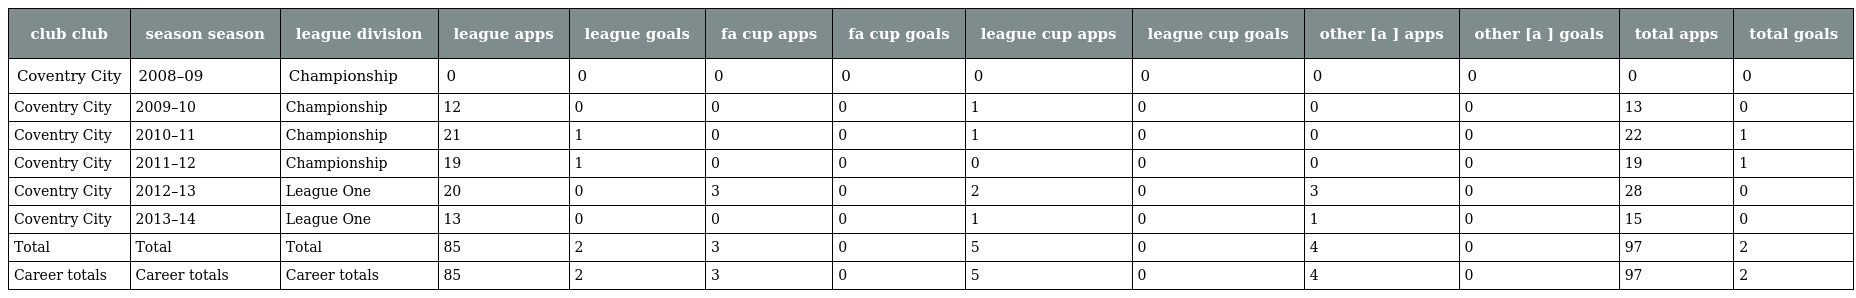
| club club | season season | league division | league apps | league goals | fa cup apps | fa cup goals | league cup apps | league cup goals | other [a ] apps | other [a ] goals | total apps | total goals |
 | --- | --- | --- | --- | --- | --- | --- | --- | --- | --- | --- | --- | --- |
 | Coventry City | 2008–09 | Championship | 0 | 0 | 0 | 0 | 0 | 0 | 0 | 0 | 0 | 0 |
 | Coventry City | 2009–10 | Championship | 12 | 0 | 0 | 0 | 1 | 0 | 0 | 0 | 13 | 0 |
 | Coventry City | 2010–11 | Championship | 21 | 1 | 0 | 0 | 1 | 0 | 0 | 0 | 22 | 1 |
 | Coventry City | 2011–12 | Championship | 19 | 1 | 0 | 0 | 0 | 0 | 0 | 0 | 19 | 1 |
 | Coventry City | 2012–13 | League One | 20 | 0 | 3 | 0 | 2 | 0 | 3 | 0 | 28 | 0 |
 | Coventry City | 2013–14 | League One | 13 | 0 | 0 | 0 | 1 | 0 | 1 | 0 | 15 | 0 |
 | Total | Total | Total | 85 | 2 | 3 | 0 | 5 | 0 | 4 | 0 | 97 | 2 |
 | Career totals | Career totals | Career totals | 85 | 2 | 3 | 0 | 5 | 0 | 4 | 0 | 97 | 2 |